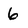
Character: 6